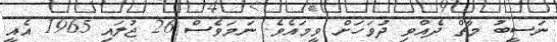
ނަސީބު މާތް ދެއްވި ދުވަހަށް ވީމައެވެ. ނަމަވެސް 26 ޖުލައި 1965 އެއީ